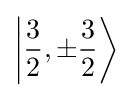
\left|{\frac {3}{2}},\pm {\frac {3}{2}}\right\rangle